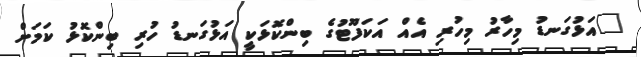
"އަޅުގަނޑު މިހާރު މިހުރި އެއް އަކަފޫޓުގެ ބިންކޮޅަކީ އަޅުގަނޑު ހުރި ބިންކޮޅު ކަމަށް